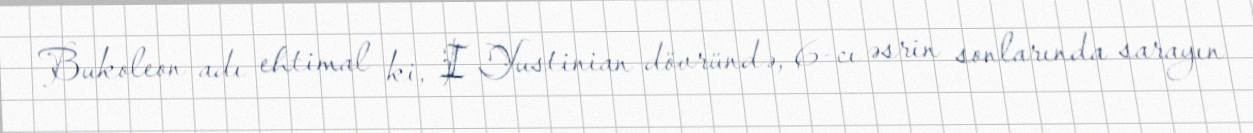
Bukoleon adı ehtimal ki, I Yustinian dövründə, 6-cı əsrin sonlarında sarayın